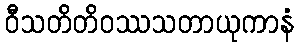
ဝီသတိတိဝဿသတာယုကာနံ